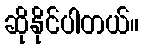
ဆိုနိုင်ပါတယ်။